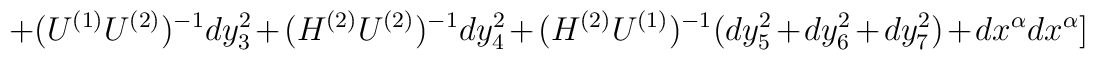
+(U^{(1)}U^{(2)})^{-1}dy_3^2+(H^{(2)}U^{(2)})^{-1}dy_4^2+(H^{(2)}U^{(1)})^{-1}(dy_5^2+dy_6^2+dy_7^2)+ dx^{\alpha}dx^{\alpha}]